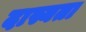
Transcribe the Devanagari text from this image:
दास्यता